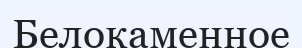
Белокаменное